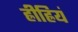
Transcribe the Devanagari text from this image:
ह्रीह्रियं